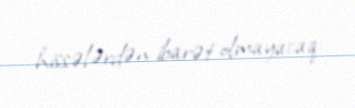
hissələrdən ibarət olmayacaq.